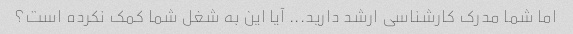
اما شما مدرک کارشناسی ارشد دارید... آیا این به شغل شما کمک نکرده است؟